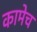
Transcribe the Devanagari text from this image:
कामेच